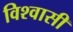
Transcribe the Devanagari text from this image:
विश्‍वासी